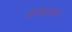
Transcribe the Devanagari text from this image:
मंगेहतर